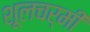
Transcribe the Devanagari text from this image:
शूलचर्मी